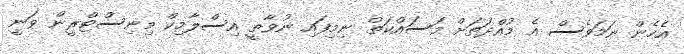
އެހެން ނަމަވެސް އެ މުއްދަތަށް މަސައްކަތް ނިމިފައި ނުވާތީ އިސްލާމިކް މިނިސްޓްރީން ވަނީ